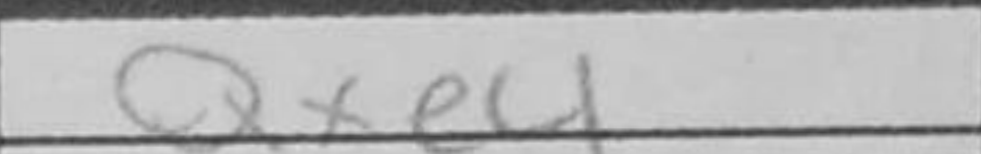
Transcription: Qxe4